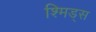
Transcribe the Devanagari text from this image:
श्मिड्स